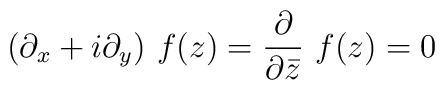
(\partial_{x}+i\partial_{y})~f(z) =\frac{\partial}{\partial\bar{z}}~f(z)=0